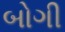
બોગી